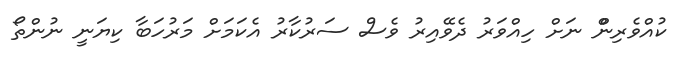
ކުއްވެރިންް ނަށް ހިއްވަރު ދެވޭއިރު ވެސް ސަރުކާރު އެކަމަށް މަރުހަބާ ކިޔަނީ ނުންތޯ